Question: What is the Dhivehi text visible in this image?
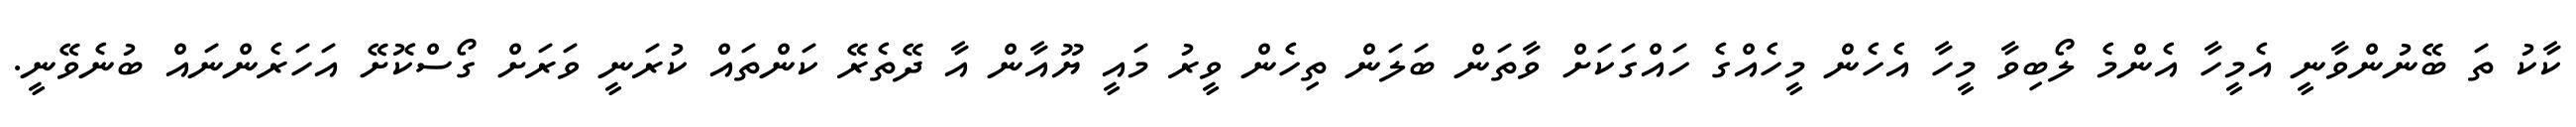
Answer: ކާކު ތަ ބޭނުންވާނީ އެމީހާ އެންމެ ލޯބިވާ މީހާ އެހެން މީހެއްގެ ހައްގަކަށް ވާތަން ބަލަން ތިހެން ވީރު މައީ ޔޫއާން އާ ދޭތެރޭ ކަންތައް ކުރަނީ ވަރަށް ގޯސްކޮށޭ އަހަރެންނައް ބުނެވޭނީ.